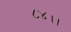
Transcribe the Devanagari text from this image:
८४।।